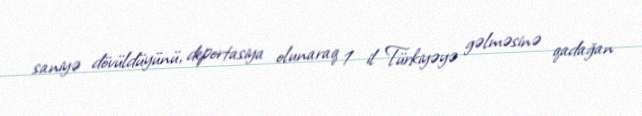
saniyə dövüldüyünü, deportasiya olunaraq 1 il Türkiyəyə gəlməsinə qadağan